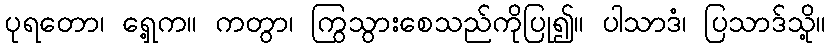
ပုရတော၊ ရှေ့က။ ကတွာ၊ ကြွသွားစေသည်ကိုပြု၍။ ပါသာဒံ၊ ပြသာဒ်သို့။